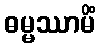
ဓမ္မဿာမိံ